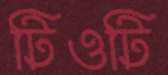
টিওটি